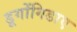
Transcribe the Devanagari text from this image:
डूगोंगिडाए